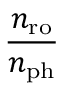
\frac { n _ { \mathrm { r o } } } { n _ { \mathrm { p h } } }